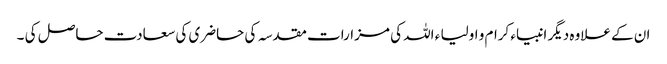
ان کے علاوہ دیگر انبیاء کرام و اولیا ء اللہ کی مزارات مقدسہ کی حاضری کی سعادت حاصل کی ۔